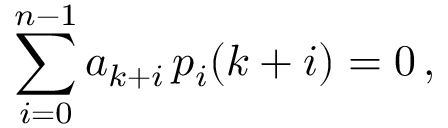
\sum _ { i = 0 } ^ { n - 1 } a _ { k + i } \, p _ { i } ( k + i ) = 0 \, ,